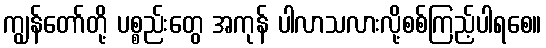
ကျွန်တော်တို့ ပစ္စည်းတွေ အကုန် ပါလာသလားလို့စစ်ကြည့်ပါရစေ။